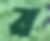
ব